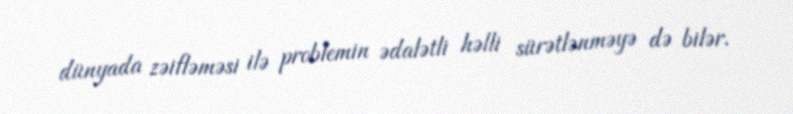
dünyada zəifləməsi ilə problemin ədalətli həlli sürətlənməyə də bilər.